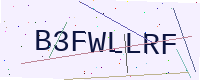
Text: B3FWLLRF